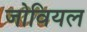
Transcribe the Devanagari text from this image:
जोवियल